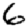
Digit: 6